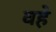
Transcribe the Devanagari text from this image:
वहे